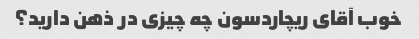
خوب آقای ریچاردسون چه چیزی در ذهن دارید؟